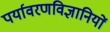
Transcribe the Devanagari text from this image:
पर्यावरणविज्ञानियों